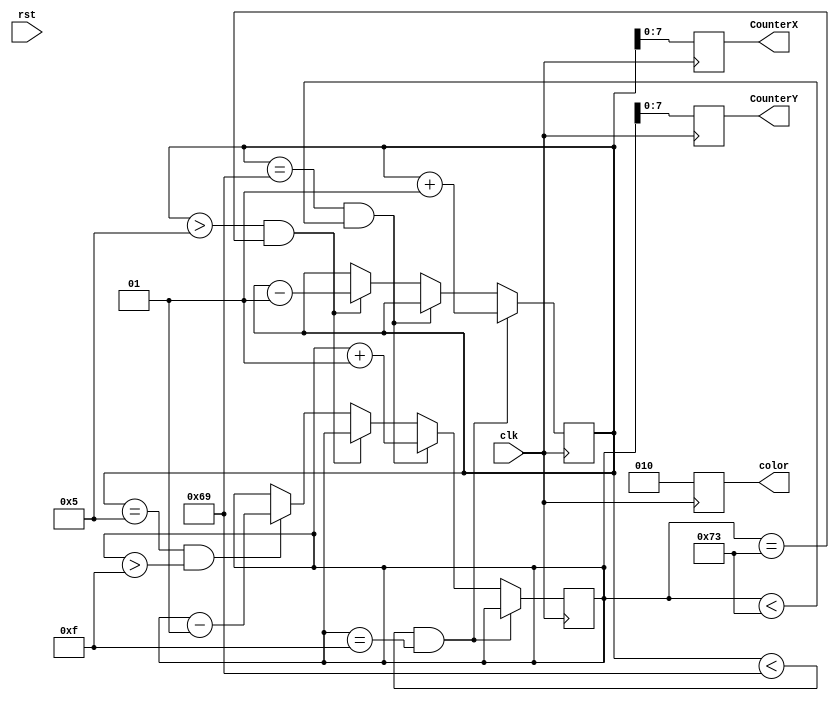
module counter (clk, rst, CounterX, CounterY, color);
input clk, rst;
output reg [7:0] CounterX;
output reg [7:0] CounterY;
output reg [2:0] color;

integer X = 5;
integer Y = 15;

always @(posedge clk)
	begin
		if (X < 105 && Y == 15)
		begin
			X <= X + 1;
		end
		else if (X == 105 && Y < 115)
		begin
			Y <= Y + 1;
		end
		else if (X > 5 && Y == 115)
		begin
			X <= X - 1;
		end
		else if (X == 5 && Y > 15)
		begin
			Y <= Y - 1;
		end
		CounterX <= X;
		CounterY <= Y;
		color <= 3'b010;
	end

endmodule